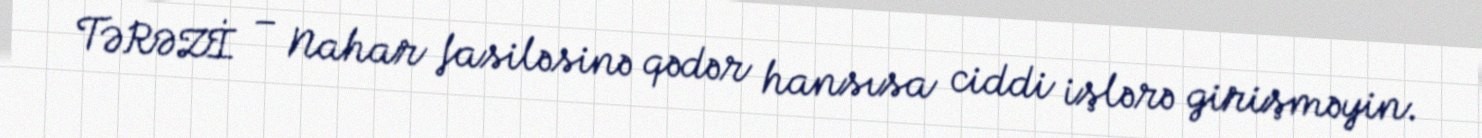
TƏRƏZİ – Nahar fasiləsinə qədər hansısa ciddi işlərə girişməyin.